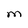
Character: M